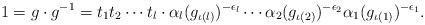
LaTeX: \begin{align*}1=g\cdot g^{-1}=t_1t_2\cdots t_l\cdot\alpha_l(g_{\iota(l)})^{-\epsilon_l}\cdots\alpha_2(g_{\iota(2)})^{-\epsilon_2}\alpha_1(g_{\iota(1)})^{-\epsilon_1}.\end{align*}